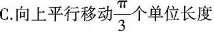
C.向上平行移动 \frac{ \pi }{3} 个单位长度